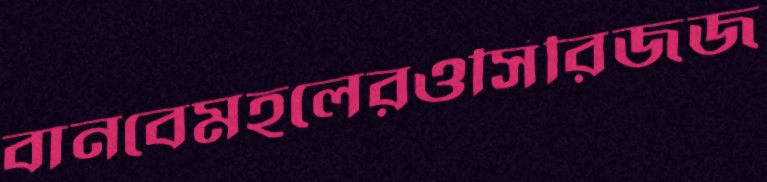
বানবেমহলেরওসিরিজজ